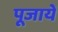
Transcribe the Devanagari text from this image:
पूजायें